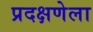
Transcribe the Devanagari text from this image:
प्रदक्षणेला